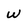
Character: w